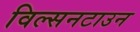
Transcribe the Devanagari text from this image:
विल्सनटाउन